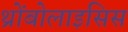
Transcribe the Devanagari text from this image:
थ्रोंबोलाइसिस